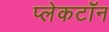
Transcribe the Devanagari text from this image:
प्लेकटॉन